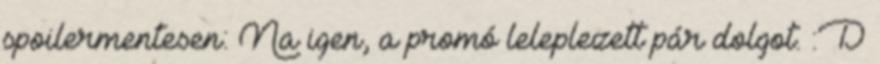
spoilermentesen: Na igen, a promó leleplezett pár dolgot. :D